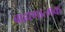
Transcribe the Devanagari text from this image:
ब्राह्मणात्मक